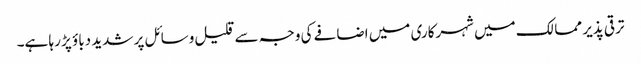
ترقی پذیر ممالک میں شہرکاری میں اضافے کی وجہ سے قلیل وسائل پر شدید دباؤ پڑ رہا ہے۔